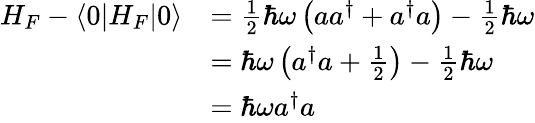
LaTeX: {\begin{array}{rl}{H_{F}-\left\langle 0|H_{F}|0\right\rangle}&{={\frac{1}{2}}\hbar\omega\left(aa^{\dagger}+a^{\dagger}a\right)-{\frac{1}{2}}\hbar\omega}\\ &{=\hbar\omega\left(a^{\dagger}a+{\frac{1}{2}}\right)-{\frac{1}{2}}\hbar\omega}\\ &{=\hbar\omega a^{\dagger}a}\end{array}}